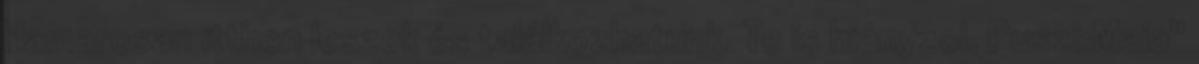
Hamarosan itthon leszek és találkozhatunk. Te is hiányzol. Puszi:Maia"